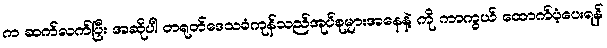
က ဆက်လက်ပြီး အဆိုပါ တရုတ်ဒေသခံကုန်သည်အုပ်စုများအနေနဲ့ ကို ကာကွယ် ထောက်ပံ့ပေးရန်